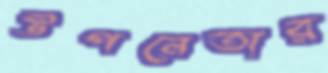
উপনেতার